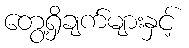
တွေ့ရှိချက်များနှင့်